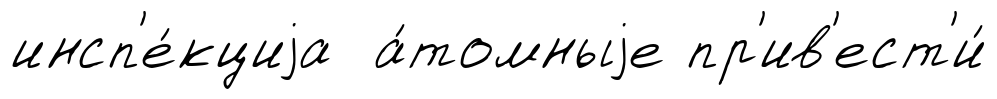
инсп'е́кциjа а́томныjе пр'ив'ест'и́